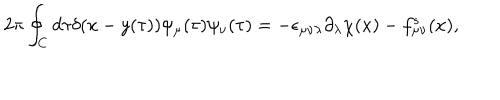
LaTeX: 2 \pi \oint _ { C } d \tau \delta ( x - y ( \tau ) ) \psi _ { \mu } ( \tau ) \psi _ { \nu } ( \tau ) = - \epsilon _ { \mu \nu \lambda } \partial _ { \lambda } \chi ( x ) - f _ { \mu \nu } ^ { s } ( x ) ,